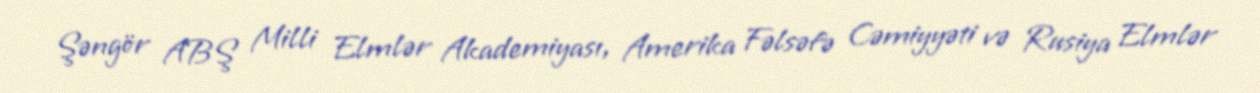
Şəngör ABŞ Milli Elmlər Akademiyası, Amerika Fəlsəfə Cəmiyyəti və Rusiya Elmlər